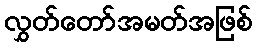
လွှတ်တော်အမတ်အဖြစ်